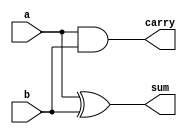
module half_adder(input wire a, b, output wire sum, carry);
    // XOR gate for sum
    assign sum = a ^ b;

    // AND gate for carry
    assign carry = a & b;
endmodule